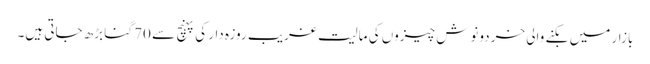
بازار میں بکنے والی خردونوش چیزوں کی مالیت غریب روزہ دار کی پہنچ سے 70 گنا بڑھ جاتی ہیں۔